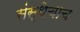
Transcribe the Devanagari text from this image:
संस्थेचाच